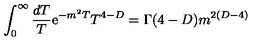
\int _ { 0 } ^ { \infty } { \frac { d T } { T } } \mathrm { e } ^ { - m ^ { 2 } T } T ^ { 4 - D } = \Gamma ( 4 - D ) m ^ { 2 ( D - 4 ) }